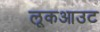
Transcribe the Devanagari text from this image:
लूकआउट